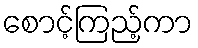
စောင့်ကြည့်ကာ